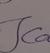
Signature authenticity: genuine